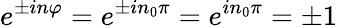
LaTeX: e^{\pm in\varphi}=e^{\pm in_{0}\pi}=e^{in_{0}\pi}=\pm 1